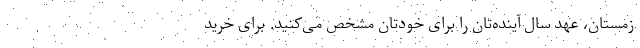
زمستان، عهد سال آینده‌تان را برای خودتان مشخص می‌کنید. برای خرید